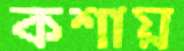
কশায়